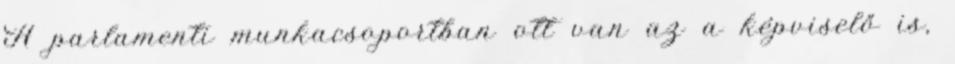
A parlamenti munkacsoportban ott van az a képviselő is,